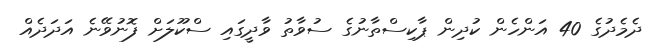
ދެމެދުގެ 40 އަންހެން ކުދިން ޕާކިސްތާނުގެ ސުވާތު ވާދީގައި ސްކޫލަށް ފޮނުވޭނެ އަދަދެއް